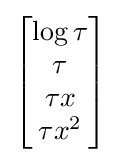
{\begin{bmatrix}\log \tau \\\tau \\\tau x\\\tau x^{2}\end{bmatrix}}